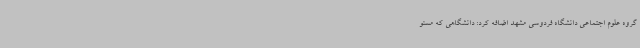
گروه علوم اجتماعی دانشگاه فردوسی مشهد اضافه کرد: دانشگاهی که مسئو